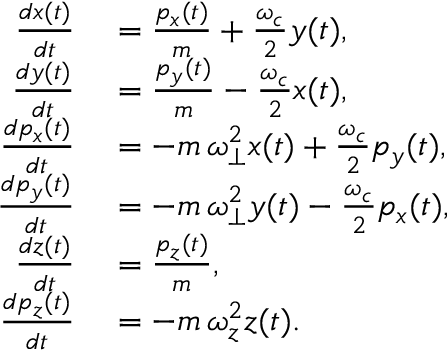
\begin{array} { r l } { \frac { d x ( t ) } { d t } } & { { } = \frac { p _ { x } ( t ) } { m } + \frac { \omega _ { c } } { 2 } y ( t ) , } \\ { \frac { d y ( t ) } { d t } } & { { } = \frac { p _ { y } ( t ) } { m } - \frac { \omega _ { c } } { 2 } x ( t ) , } \\ { \frac { d p _ { x } ( t ) } { d t } } & { { } = - m \, \omega _ { \perp } ^ { 2 } x ( t ) + \frac { \omega _ { c } } { 2 } p _ { y } ( t ) , } \\ { \frac { d p _ { y } ( t ) } { d t } } & { { } = - m \, \omega _ { \perp } ^ { 2 } y ( t ) - \frac { \omega _ { c } } { 2 } p _ { x } ( t ) , } \\ { \frac { d z ( t ) } { d t } } & { { } = \frac { p _ { z } ( t ) } { m } , } \\ { \frac { d p _ { z } ( t ) } { d t } } & { { } = - m \, \omega _ { z } ^ { 2 } z ( t ) . } \end{array}